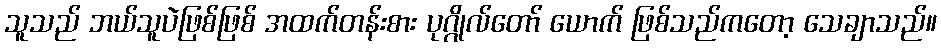
သူသည် ဘယ်သူပဲဖြစ်ဖြစ် အထက်တန်းစား ပုဂ္ဂိုလ်တော် ယောက် ဖြစ်သည်ကတော့ သေချာသည်။